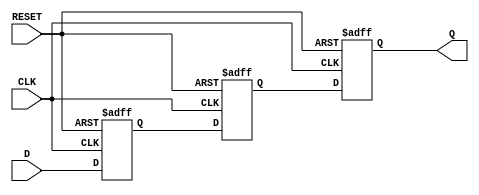
module async_to_sync_converter (
    input wire D,       // Async Data Input
    input wire CLK,     // Synchronous Clock
    input wire RESET,   // Asynchronous Reset
    output reg Q        // Sync Data Output
);

    // Internal signals for synchronization
    reg D_sync_1;      // First stage of synchronization
    reg D_sync_2;      // Second stage of synchronization

    // Edge detection logic
    reg D_prev;        // Previous state of D
    reg transition;     // Transition detected flag

    // Detect transitions on the asynchronous input
    always @(posedge CLK or posedge RESET) begin
        if (RESET) begin
            D_prev <= 1'b0; // Reset previous state
            transition <= 1'b0; // No transition detected
        end else begin
            transition <= (D != D_prev); // Detect transition
            D_prev <= D; // Update previous state
        end
    end

    // Synchronization logic
    always @(posedge CLK or posedge RESET) begin
        if (RESET) begin
            D_sync_1 <= 1'b0; // Reset first sync stage
            D_sync_2 <= 1'b0; // Reset second sync stage
            Q <= 1'b0;        // Reset output
        end else begin
            D_sync_1 <= D;   // Sample the async data
            D_sync_2 <= D_sync_1; // Second stage of synchronization
            Q <= D_sync_2;   // Output the synchronized data
        end
    end

endmodule